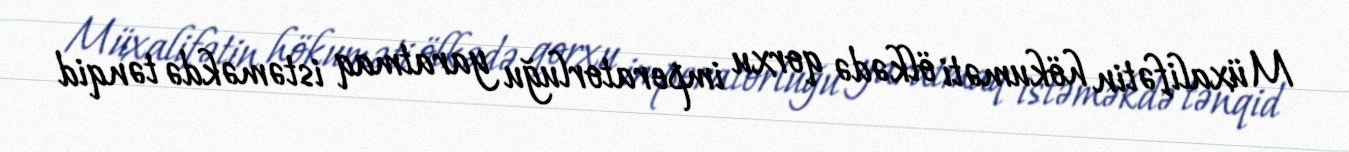
Müxalifətin hökuməti ölkədə qorxu imperatorluğu yaratmaq istəməkdə tənqid